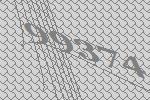
99374